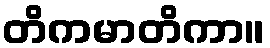
တိကမာတိကာ။